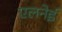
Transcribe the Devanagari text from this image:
एलनेई